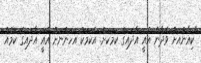
"ކިއާންއަށް ވެދާނެ އެއީ އާދައިގެ ކަމަކަށް. އެކަމަކު އަހަންނަށް އެއީ އާދައިގެ ކަމެއް